Annual administration and progress report of the Indian Medical Department, Bombay
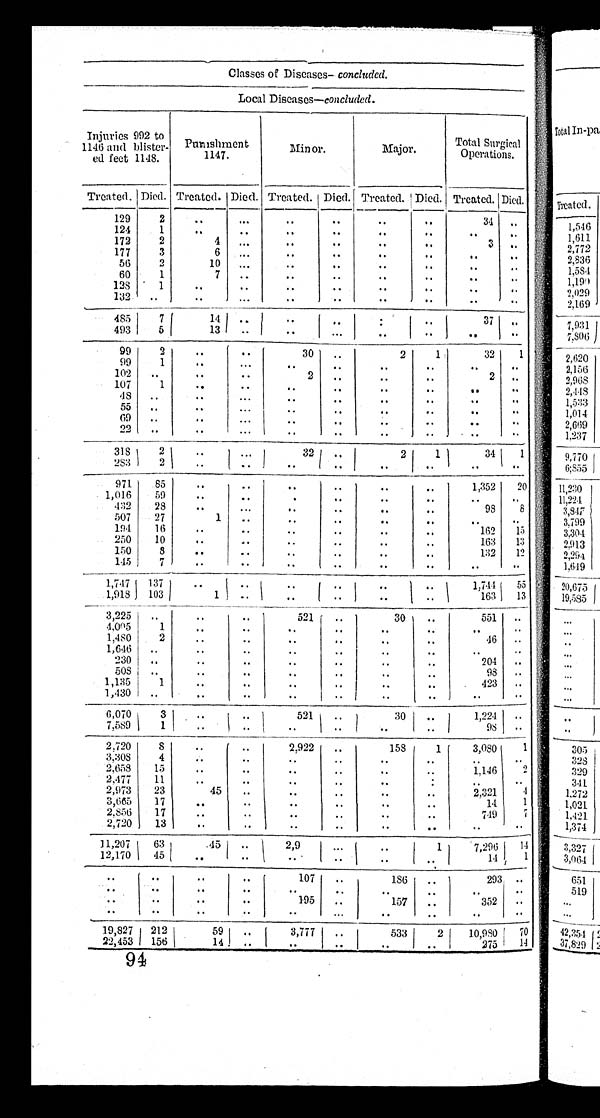
Classes of Diseases- concluded.
Local Diseases—concluded.
Injuries 992 to
1146 and blister-
ed feet 1148.
Punishment
1147.
Minor.
Major.
Total Surgical
Operations.
Treated. Died. Treated. Died. Treated. Died. Treated. Died. Treated.
Died.
129
2
..
. . .
..
..
. .
. .
34
. .
124
1
. .
. .
..
..
..
..
. . . .
172
2
4
. . .
..
. .
. .
. .
3
. .
177
3
6
. . .
. .
. .
. .
. .
. .
. .
56
2
10
. . .
..
. .
. .
. .
. .
. .
60
1
7
..
..
. .
. .
. .
..
. .
128
1
..
. .
..
..
. . ..
. .
. .
132
..
..
...
. .
..
..
..
..
. .
485
7
1 4 . .
..
. .
. .
. .
37
. .
493
5
13
..
..
. . .
. .
. .
..
. .
99
2
..
..
30
. .
2
1
32
1
99
1
. .
...
. .
..
. .
. .
. .
. .
1 0 2
. .
. .
. .
2
. .
. .
..
2
. .
107
1
..
. .
. .
. .
. .
. .
. .
. .
4 8
. .
. .
. . .
. .
. .
. .
. .
. .
. .
5 5
. .
. .
. . .
. .
. .
. .
. .
. .
..
6 9
. .
. .
. . .
. .
. .
. .
. .
. .
. .
2 2
. .
. .
. . .
. .
. .
. .
. .
. .
. .
3 1 8
2
. .
. . .
32
. .
2
1
34
1
283
2
. .
. .
. .
. .
. . . .
. .
. .
971
85
..
..
. .
. .
. .
. .
1,352
20
1,016
59
. . ..
. . ..
. .
. .
. .
. .
432
28
..
. . .
..
. .
..
..
98
8
507
27
1
..
. . ..
. .
. .
. .
. .
194
1 6
..
. .
..
. .
. .
. .
1 6 2
15
250
10
. .
. .
..
..
. .
..
1 6 3
1 3
1 5 0
8
..
..
..
..
..
. .
132
12
1 4 5
7
. . ..
..
..
..
..
..
. .
1,747
1 3 7
. .
. .
..
. .
. .
. .
1,744
55
1,918
1 0 3
1
..
..
..
. .
. .
163
13
3 , 2 2 5
. .
. .
. .
521
. .
30
. .
551
. .
4,0 5
1
..
. .
..
. .
..
. .
. .
. .
1,480
2
..
..
..
..
..
..
46
..
1 ,646
..
..
..
..
. .
. .
. .
. .
. .
230
..
..
..
..
. .
. .
. .
2 0 4
. .
508
..
..
..
..
..
. .
. .
98
..
1,135
1
. . ..
..
. .
. .
. .
423
..
1 ,430
..
..
. .
. .
. .
. .
. .
..
. .
6,070
3
. . ..
521
..
30
. .
1,224
. .
7,589
1
..
..
..
. .
..
..
98
. .
2,720
8
..
. .
2.922
..
158
1
3,080
1
3,308
4
. .
. .
. .
. .
..
. .
. .
. .
2,658
15
..
..
..
. .
..
..
1,146
2
2,477
11
..
. .
..
. .
..
. .
. .
. .
2,973
23
45
..
..
. .
..
. .
2,321
4
3,665
17
..
. .
. .
. .
..
. .
14
1
2,856
17
..
..
..
. .
..
..
749
7
2,720
13
. . ..
. .
. .
..
..
..
. .
11,207
63
45
..
2,9
. . .
. .
1
7,296
1 4
12,170
45
..
..
..
..
..
..
14
1
..
. .
. . ..
107
..
186
..
293
. .
. .
. .
. .
. .
. .
. .
. .
. .
. .
. .
..
. .
..
..
1 9 5
. .
157
. .
3 5 2
. .
. .
. .
. .
. .
. .
. . .
. .
. .
. .
. .
19,827 212
59
. .
3,777
. .
533
2
10,980
7 0
22,453
156
14
. .
. .
. .
..
. .
275
1 4
94